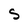
Character: S